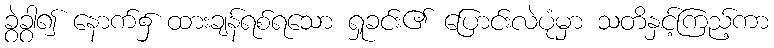
ခွဲခွာ၍ နောက်၌ ထားချန်ရစ်ရသော ရှုခင်း၏ ပြောင်းလဲပုံမှာ သတိနှင့်ကြည့်ကာ